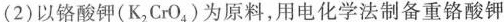
(2)以铬酸钾(K_{2} CrO_{4})为原料，用电化学法制备重铬酸钾